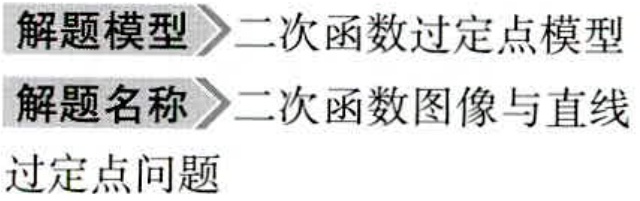
解题模型$\rhd$二次函数过定点模型
解题名称$\rhd$二次函数图像与直线
过定点问题